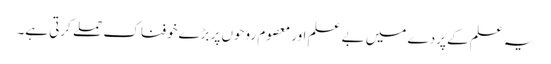
یہ علم کے پردے میں بے علم اور معصوم روحوں پر بڑےخوفناک حملے کرتی ہے۔